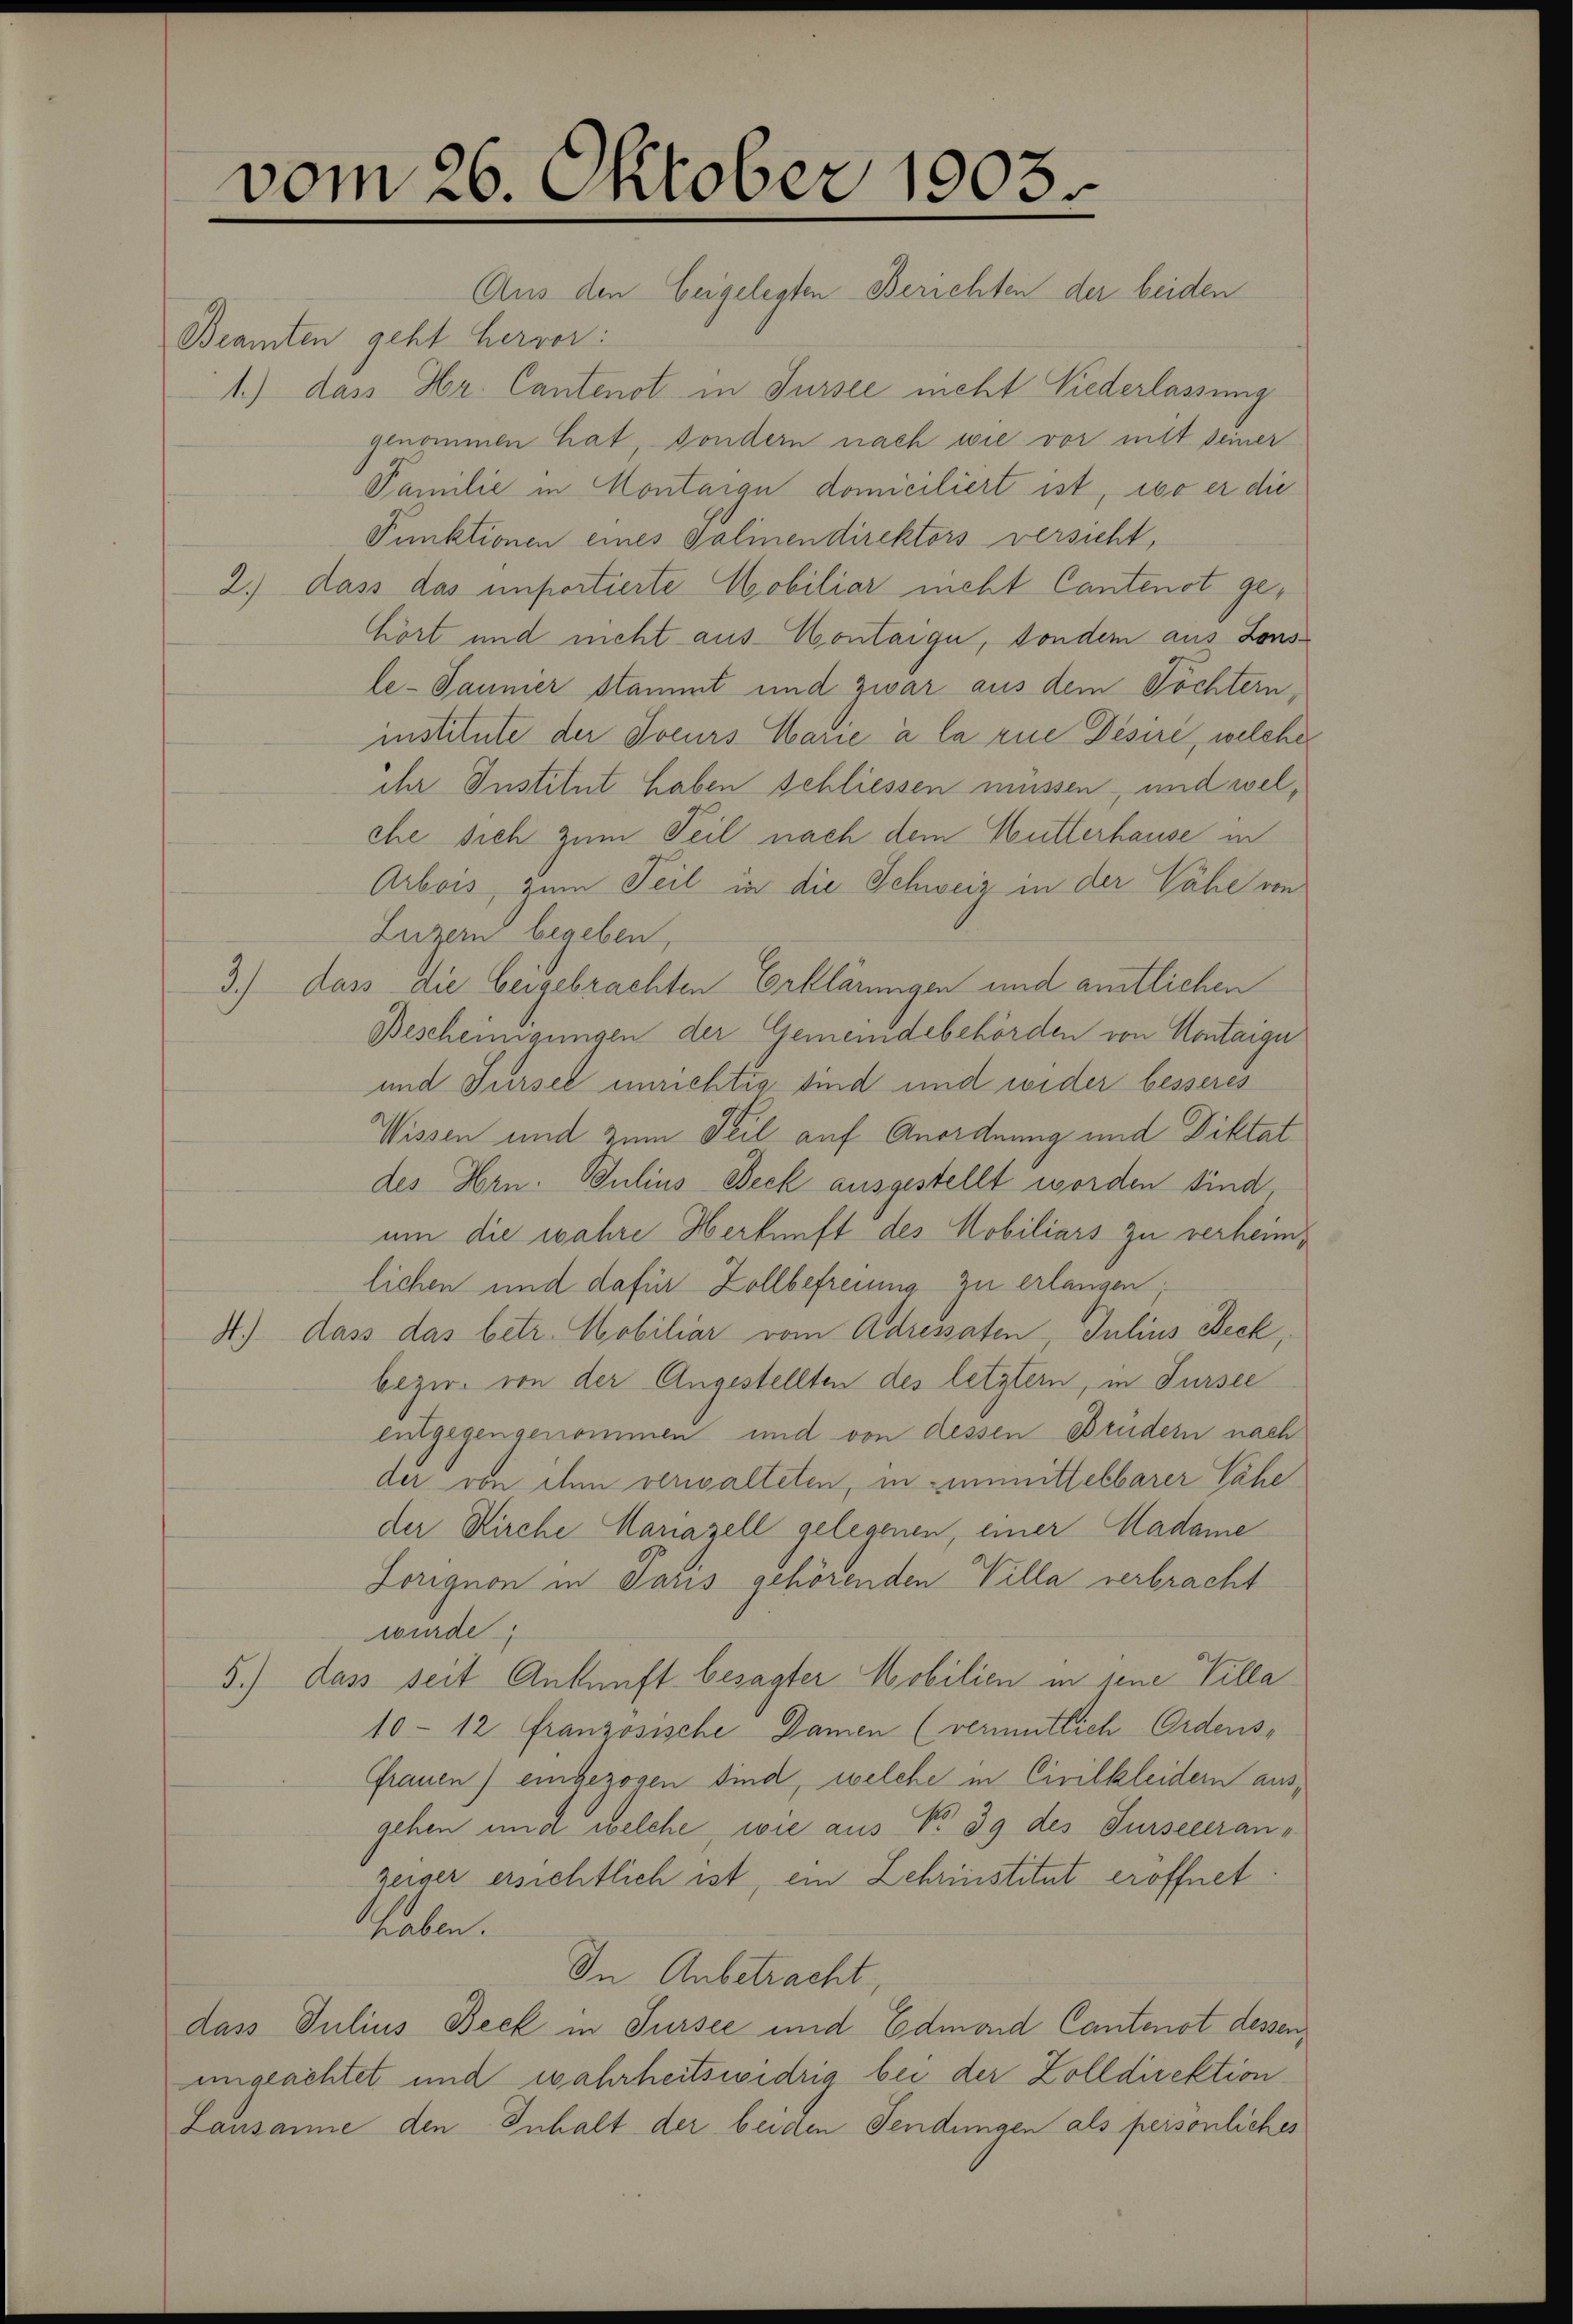
vom 26. Oktober 1903.
Aus den beigelesten Berichten der beiden

Beamten geht hervor:
1.) dass Hr. Cantenot in Sursee nicht Niederlassung
genommen hat, sondern nach wie vor nitt seiner
Familie in Montaige domiciliert ist, wo er die
Funktionen eines Salinendirektors versicht,
2.) dass das importierte Mobiliar nicht Cantenst gehört und nicht aus-Montaige, sondern aus Lons
le-Jannier stammt und zwar aus dem Töchtern,
institute der Joeurs Marie à la rue Disire, welcher
ihr Institut haben schliessen müssen, und welche sich zum Teil nach dem Mutterhause in
Arbois, zum Teil in die Schweiz in der Vähe von
Luzern begeben,
3.) dass die beigebrachten Erklärungen und amtlichen
Bescheinigungen der Gemeindebehörden von Montaige
und Fürsee unrichtig sind und wider besseres
Wissen und zum Teil auf Anordnung und Diktat
des Hrn. Julius Beck ausgestellt worden sind,
um die wahre Herkunft des Mobiliars zu verheimlichen und dafür Zollbefreiung zu erlangen;
H.) dass das betr. Mobiliar vom Adressaten, Julius Beck,
bezir. von der Angestellten des letztern, in Fursee
entgegengenommen und von dessen Brüdern nach
der von ihm versalteten, in unmittelbarer Nähe
der Kirche Manazell gelegenen, einer Madame
Zorigion in Paris gehörenden Villa verbracht
wurde
5.) dass seit Ankunft besagter Mobilien in jene Villa
10-12 französische Damen (vermutlich Ordens-
Frauen) eingezogen sind, welche in Cintkleidern ausgehen und welche wie aus No 39 des Fürseleranzeiger ersichtlich ist, ein Lehrinstitut eröffnet
haben.
In Anbetracht.
dass Julius Beck in Sursee und Edmond Cantenot dessen,
ungeachtet und wahrheitswidrig bei der Zolldirektion
Lausanne den Inhalt der beiden Fendungen als persönliches